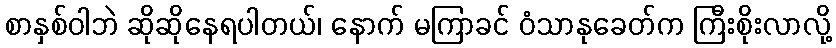
စာနှစ်ဝါဘဲ ဆိုဆိုနေရပါတယ်၊ နောက် မကြာခင် ဝံသာနုခေတ်က ကြီးစိုးလာလို့